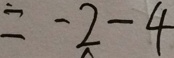
= - 2 - 4